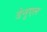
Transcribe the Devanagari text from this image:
डेनुएल